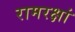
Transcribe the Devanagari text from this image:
रामरक्षां